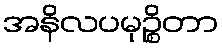
အနိလပမုဉ္စိတာ